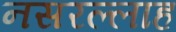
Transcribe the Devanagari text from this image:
नसरल्लाह